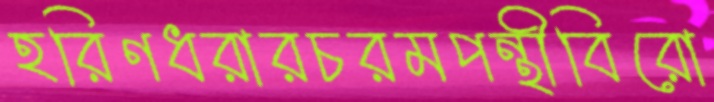
হরিণধরারচরমপন্থীবিরো